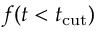
f ( t < t _ { \mathrm { c u t } } )